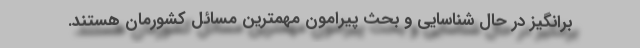
برانگیز در حال شناسایی و بحث پیرامون مهمترین مسائل کشورمان هستند.